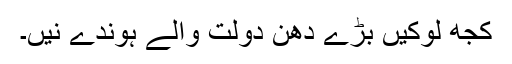
کجھ لوکیں بڑے دھن دولت والے ہوندے نیں۔